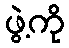
ဖွဲ့ကို